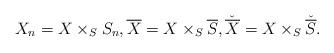
LaTeX: \begin{align*}X_{n}=X\times_{S}S_{n},\overline{X}=X\times_{S}\overline{S},\check{\overline{X}}=X\times_{S}\check{\overline{S}}.\end{align*}